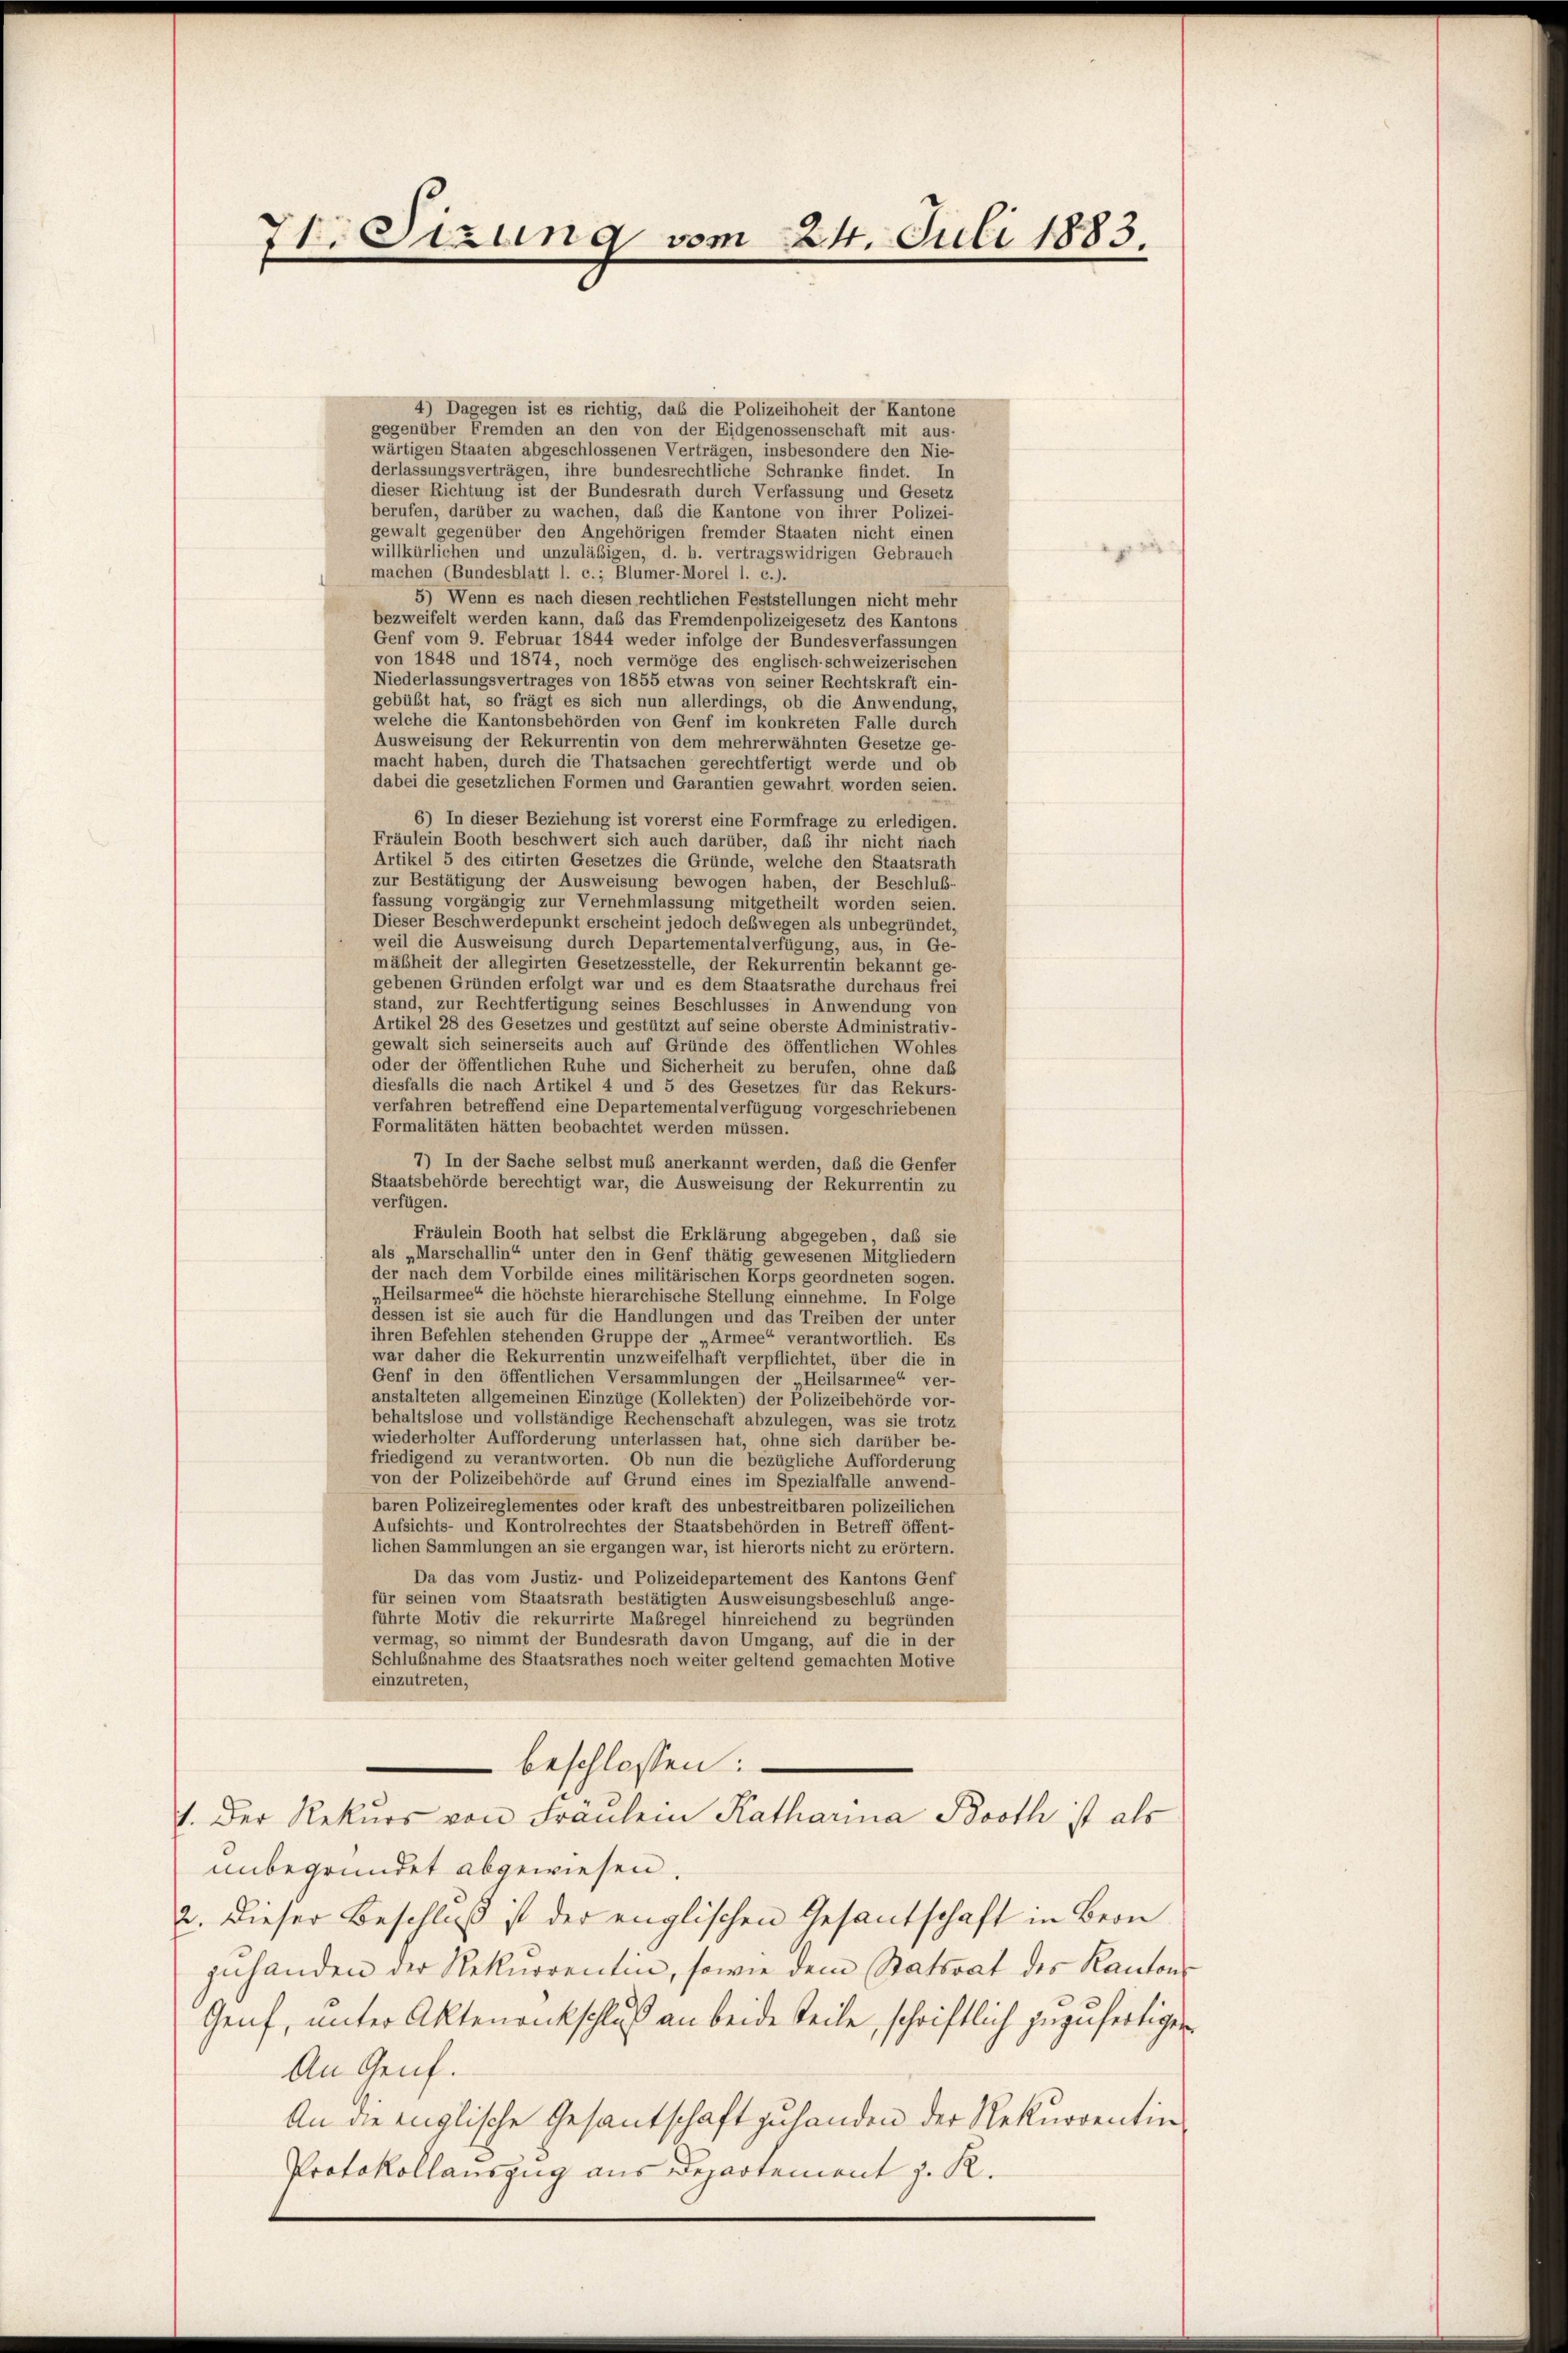
7t. Sizung vom 24. Juli 1883.

4) Dagegen ist es richtig, das die Polizeihoheit der Kantone
gegenüber Fremden an den von der Eidgenossenschaft mit aus-
wärtigen Staaten abgeschlossenen Verträgen, insbesondere den Nie-
derlassungsverträgen, ihre bundesrechtliche Schranke findet. In
dieser Richtung ist der Bundesrath durch Verfassung und Gesetz
berufen, darüber zu wachen, daß die Kantone von ihrer Polizei-
gewalt gegenüber den Angehörigen fremder Staaten nicht einen
willkürlichen und unzuläßigen, d. h. vertragswidrigen Gebrauch
machen (Bundesblatt 1. c.; Blumer-Morel 1. c.).
5) Wenn es nach diesen rechtlichen Feststellungen nicht mehr
bezweifelt werden kann, daß das Fremdenpolizeigesetz des Kantons
Genf vom 9. Februar 1844 weder infolge der Bundesverfassungen
von 1848 und 1874, noch vermöge des englisch-schweizerischen
Niederlassungsvertrages von 1855 etwas von seiner Rechtskraft ein-
gebüßt hat, so frägt es sich nun allerdings, ob die Anwendung,
welche die Kantonsbehörden von Genf im konkreten Falle durch
Ausweisung der Rekurrentin von dem mehrerwähnten Gesetze ge-
macht haben, durch die Thatsachen gerechtfertigt werde und ob
dabei die gesetzlichen Formen und Garantien gewährt worden seien.
6) In dieser Beziehung ist vorerst eine Formfrage zu erledigen.
Fräulein Booth beschwert sich auch darüber, daß ihr nicht nach
Artikel 5 des citirten Gesetzes die Gründe, welche den Staatsrath
zur Bestätigung der Ausweisung bewogen haben, der Beschluß-
fassung vorgängig zur Vernehmlassung mitgetheilt worden seien.
Dieser Beschwerdepunkt erscheint jedoch deswegen als unbegründet,
weil die Ausweisung durch Departementalverfügung, aus, in Ge-
mäßheit der allegirten Gesetzesstelle, der Rekurrentin bekannt ge-
gebenen Gründen erfolgt war und es dem Staatsrathe durchaus frei
stand, zur Rechtfertigung seines Beschlusses in Anwendung von
Artikel 28 des Gesetzes und gestützt auf seine oberste Administrativ-
gewalt sich seinerseits auch auf Gründe des öffentlichen Wohles
oder der öffentlichen Ruhe und Sicherheit zu berufen, ohne das
diesfalls die nach Artikel 4 und 5 des Gesetzes für das Rekurs-
verfahren betreffend eine Departementalverfügung vorgeschriebenen
Formalitäten hätten beobachtet werden müssen.
7) In der Sache selbst muß anerkannt werden, daß die Genfer
Staatsbehörde berechtigt war, die Ausweisung der Rekurrentin zu
verfügen.
Fräulein Booth hat selbst die Erklärung abgegeben, daß sie
als „Marschallin“ unter den in Genf thätig gewesenen Mitgliedern
der nach dem Vorbilde eines militärischen Korps geordneten sogen.
„Heilsarmee“ die höchste hierarchische Stellung einnehme. In Folge
dessen ist sie auch für die Handlungen und das Treiben der unter
ihren Befehlen stehenden Gruppe der „Armee“ verantwortlich. Es
war daher die Rekurrentin unzweifelhaft verpflichtet, über die in
Genf in den öffentlichen Versammlungen der „Heilsarmee“ ver-
anstalteten allgemeinen Einzüge (Kollekten) der Polizeibehörde vor-
behaltslose und vollständige Rechenschaft abzulegen, was sie trotz
wiederholter Aufforderung unterlassen hat, ohne sich darüber be-
friedigend zu verantworten. Ob nun die bezügliche Aufforderung
von der Polizeibehörde auf Grund eines im Spezialfalle anwend-
baren Polizeireglementes oder kraft des unbestreitbaren polizeilichen
Aufsichts- und Kontrolrechtes der Staatsbehörden in Betreff öffent-
lichen Sammlungen an sie ergangen war, ist hierorts nicht zu erörtern.
Da das vom Justiz- und Polizeidepartement des Kantons Genf
für seinen vom Staatsrath bestätigten Ausweisungsbeschluß ange-
führte Motiv die rekurrirte Maßregel hinreichend zu begründen
vermag, so nimmt der Bundesrath davon Umgang, auf die in der
Schlußnahme des Staatsrathes noch weiter geltend gemachten Motive
einzutreten,
beschlossen:
1. Der Rekurs von Fräulein Katharina Booth ist als
unbegründet abgewiesen.
2. Dieser Beschluß ist der englischen Gesantschaft in Bern
zuhanden der Rekurrentin, sowie dem Statsrat des Kantons
Genf, unter Aktenankschluß an beide Teile, schriftlich zuzufertigen
An Genf.
An die englische Gesantschaft zuhanden der Rekurrentin
Protokollauszug aus Departement z. R.